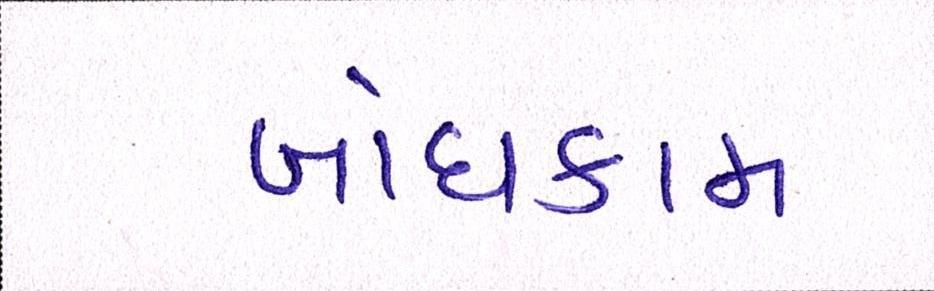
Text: બાંધકામ